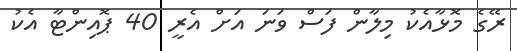
ރޭގެ މޮޅާއެކު މިލާން ފަސް ވަނަ އަށް އެރީ 40 ޕޮއިންޓާ އެކު